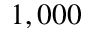
1 , 0 0 0